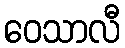
ဝေသာလီ